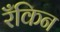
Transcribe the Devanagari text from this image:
रँकिन